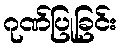
ဂုဏ်ပြုခြင်း